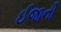
ઈજાની